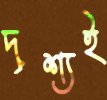
দৃশ্যই